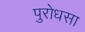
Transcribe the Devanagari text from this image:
पुरोधसा